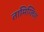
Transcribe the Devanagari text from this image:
तामिग्लिश